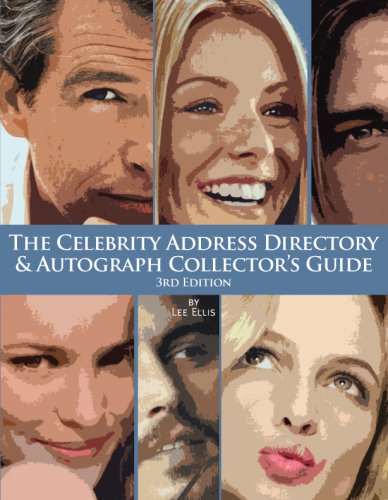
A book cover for The Celebrity Address Directory & Autograph Collector's Guide with 30,000 Entries; Lee Ellis; Crafts, Hobbies & Home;